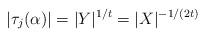
LaTeX: \begin{align*} |\tau_j(\alpha)|=|Y|^{1/t}=|X|^{-1/(2t)} \end{align*}